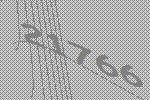
21766